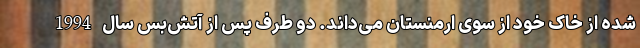
شده از خاک خود از سوی ارمنستان می‌داند. دو طرف پس از آتش‌بس سال 1994